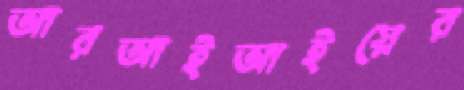
আরআইআইয়ের